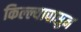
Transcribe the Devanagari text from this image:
किल्ल्यापासुन